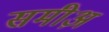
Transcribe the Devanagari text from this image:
समीअ़